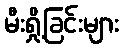
မီးရှို့ခြင်းများ